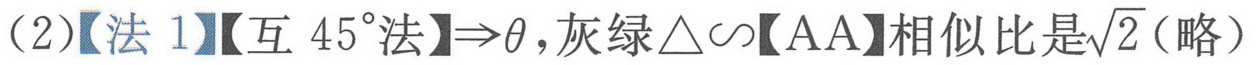
（2）【法 1】【互 \(45^{\circ}\)法】\(\Rightarrow\theta\)，灰绿\(\triangle\sim\)【AA】相似比是\(\sqrt{2}\)（略）